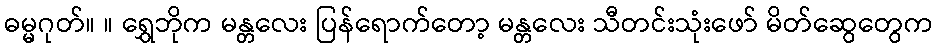
ဓမ္မဂုတ်။ ။ ရွှေဘိုက မန္တလေး ပြန်ရောက်တော့ မန္တလေး သီတင်းသုံးဖော် မိတ်ဆွေတွေက